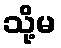
သို့မ